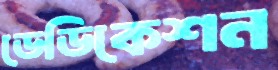
ডেডিকেশন